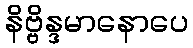
နိဗ္ဗိန္ဒမာနောပေ